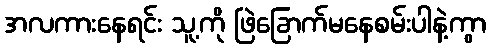
အလကားနေရင်း သူ့ကို ဖြဲခြောက်မနေစမ်းပါနဲ့ကွာ